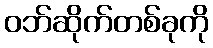
ဝဘ်ဆိုက်တစ်ခုကို